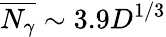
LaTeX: \overline{{N_{\gamma}}}\sim 3.9D^{1/3}